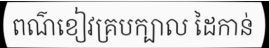
ពណ៌ខៀវគ្របក្បាល ដៃកាន់